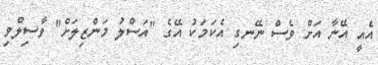
އެއީ އޭނާ އަށް ވެސް ނޭނގި އެކަމަކު އޭގެ "އަސްލު މަންޒިލަށް" ވާސިލްވި